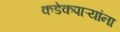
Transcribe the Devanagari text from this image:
कडेकपाऱ्यांना